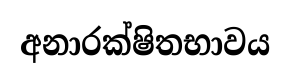
අනාරක්ෂිතභාවය